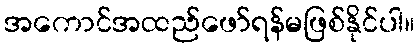
အကောင်အထည်ဖော်ရန်မဖြစ်နိုင်ပါ။